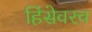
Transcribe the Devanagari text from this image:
हिंसेवरच